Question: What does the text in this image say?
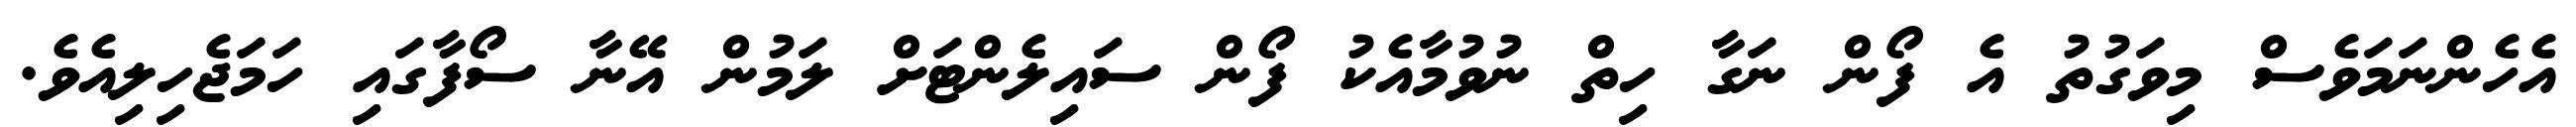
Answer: އެހެންނަމަވެސް މިވަގުތު އެ ފޯން ނަގާ ހިތް ނުވުމާއެކު ފޯން ސައިލެންޓަށް ލަމުން އޭނާ ސޯފާގައި ހަމަޖެހިލިއެވެ.